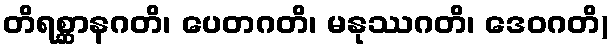
တိရစ္ဆာနဂတိ၊ ပေတဂတိ၊ မနုဿဂတိ၊ ဒေဝဂတိ)